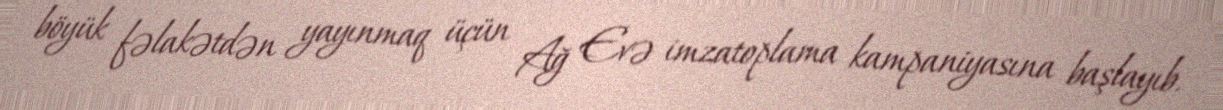
böyük fəlakətdən yayınmaq üçün Ağ Evə imzatoplama kampaniyasına başlayıb.